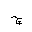
Letter: _gim